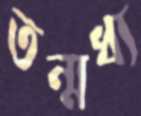
তন্মধ্য